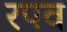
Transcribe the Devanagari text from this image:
रपव